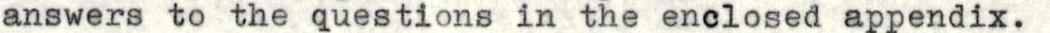
answers to the questions in the enclosed appendix.